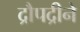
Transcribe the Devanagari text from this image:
द्रौपद्रीने